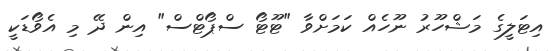
އިޓަލީގެ މަޝްހޫރު ނޫހެއް ކަމަށްވާ "ޓޫޓޯ ސްޕޯޓްސް" އިން ދޭ މި އެވޯޑަކީ